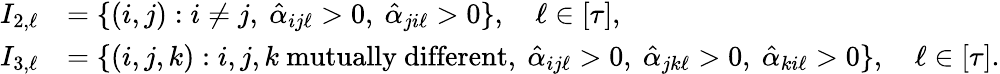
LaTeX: \begin{array}{rl}{I_{2,\ell}}&{=\{ (i,j):i\not=j,\ \hat{\alpha}_{ij\ell}>0,\ \hat{\alpha}_{ji\ell}>0\} ,\quad\ell\in[\tau],}\\ {I_{3,\ell}}&{=\{ (i,j,k):i,j,k\mathrm{~mutually~different},\ \hat{\alpha}_{ij\ell}>0,\ \hat{\alpha}_{jk\ell}>0,\ \hat{\alpha}_{ki\ell}>0\} ,\quad\ell\in[\tau].}\end{array}